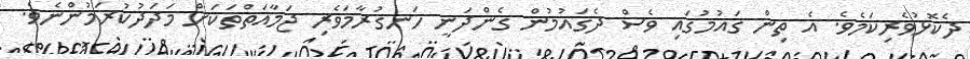
ދެކޮޅުވެރިކަމެވެ. އެ ތިން ގައުމުގައި ވެސް ދެގައުމުން ގެންދަނީ ހަނގުރާމަވެރި ޖަމާއަތްތަކަށް މަދަދުކުރަމުންނެވެ.